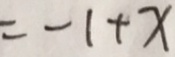
= - 1 + x